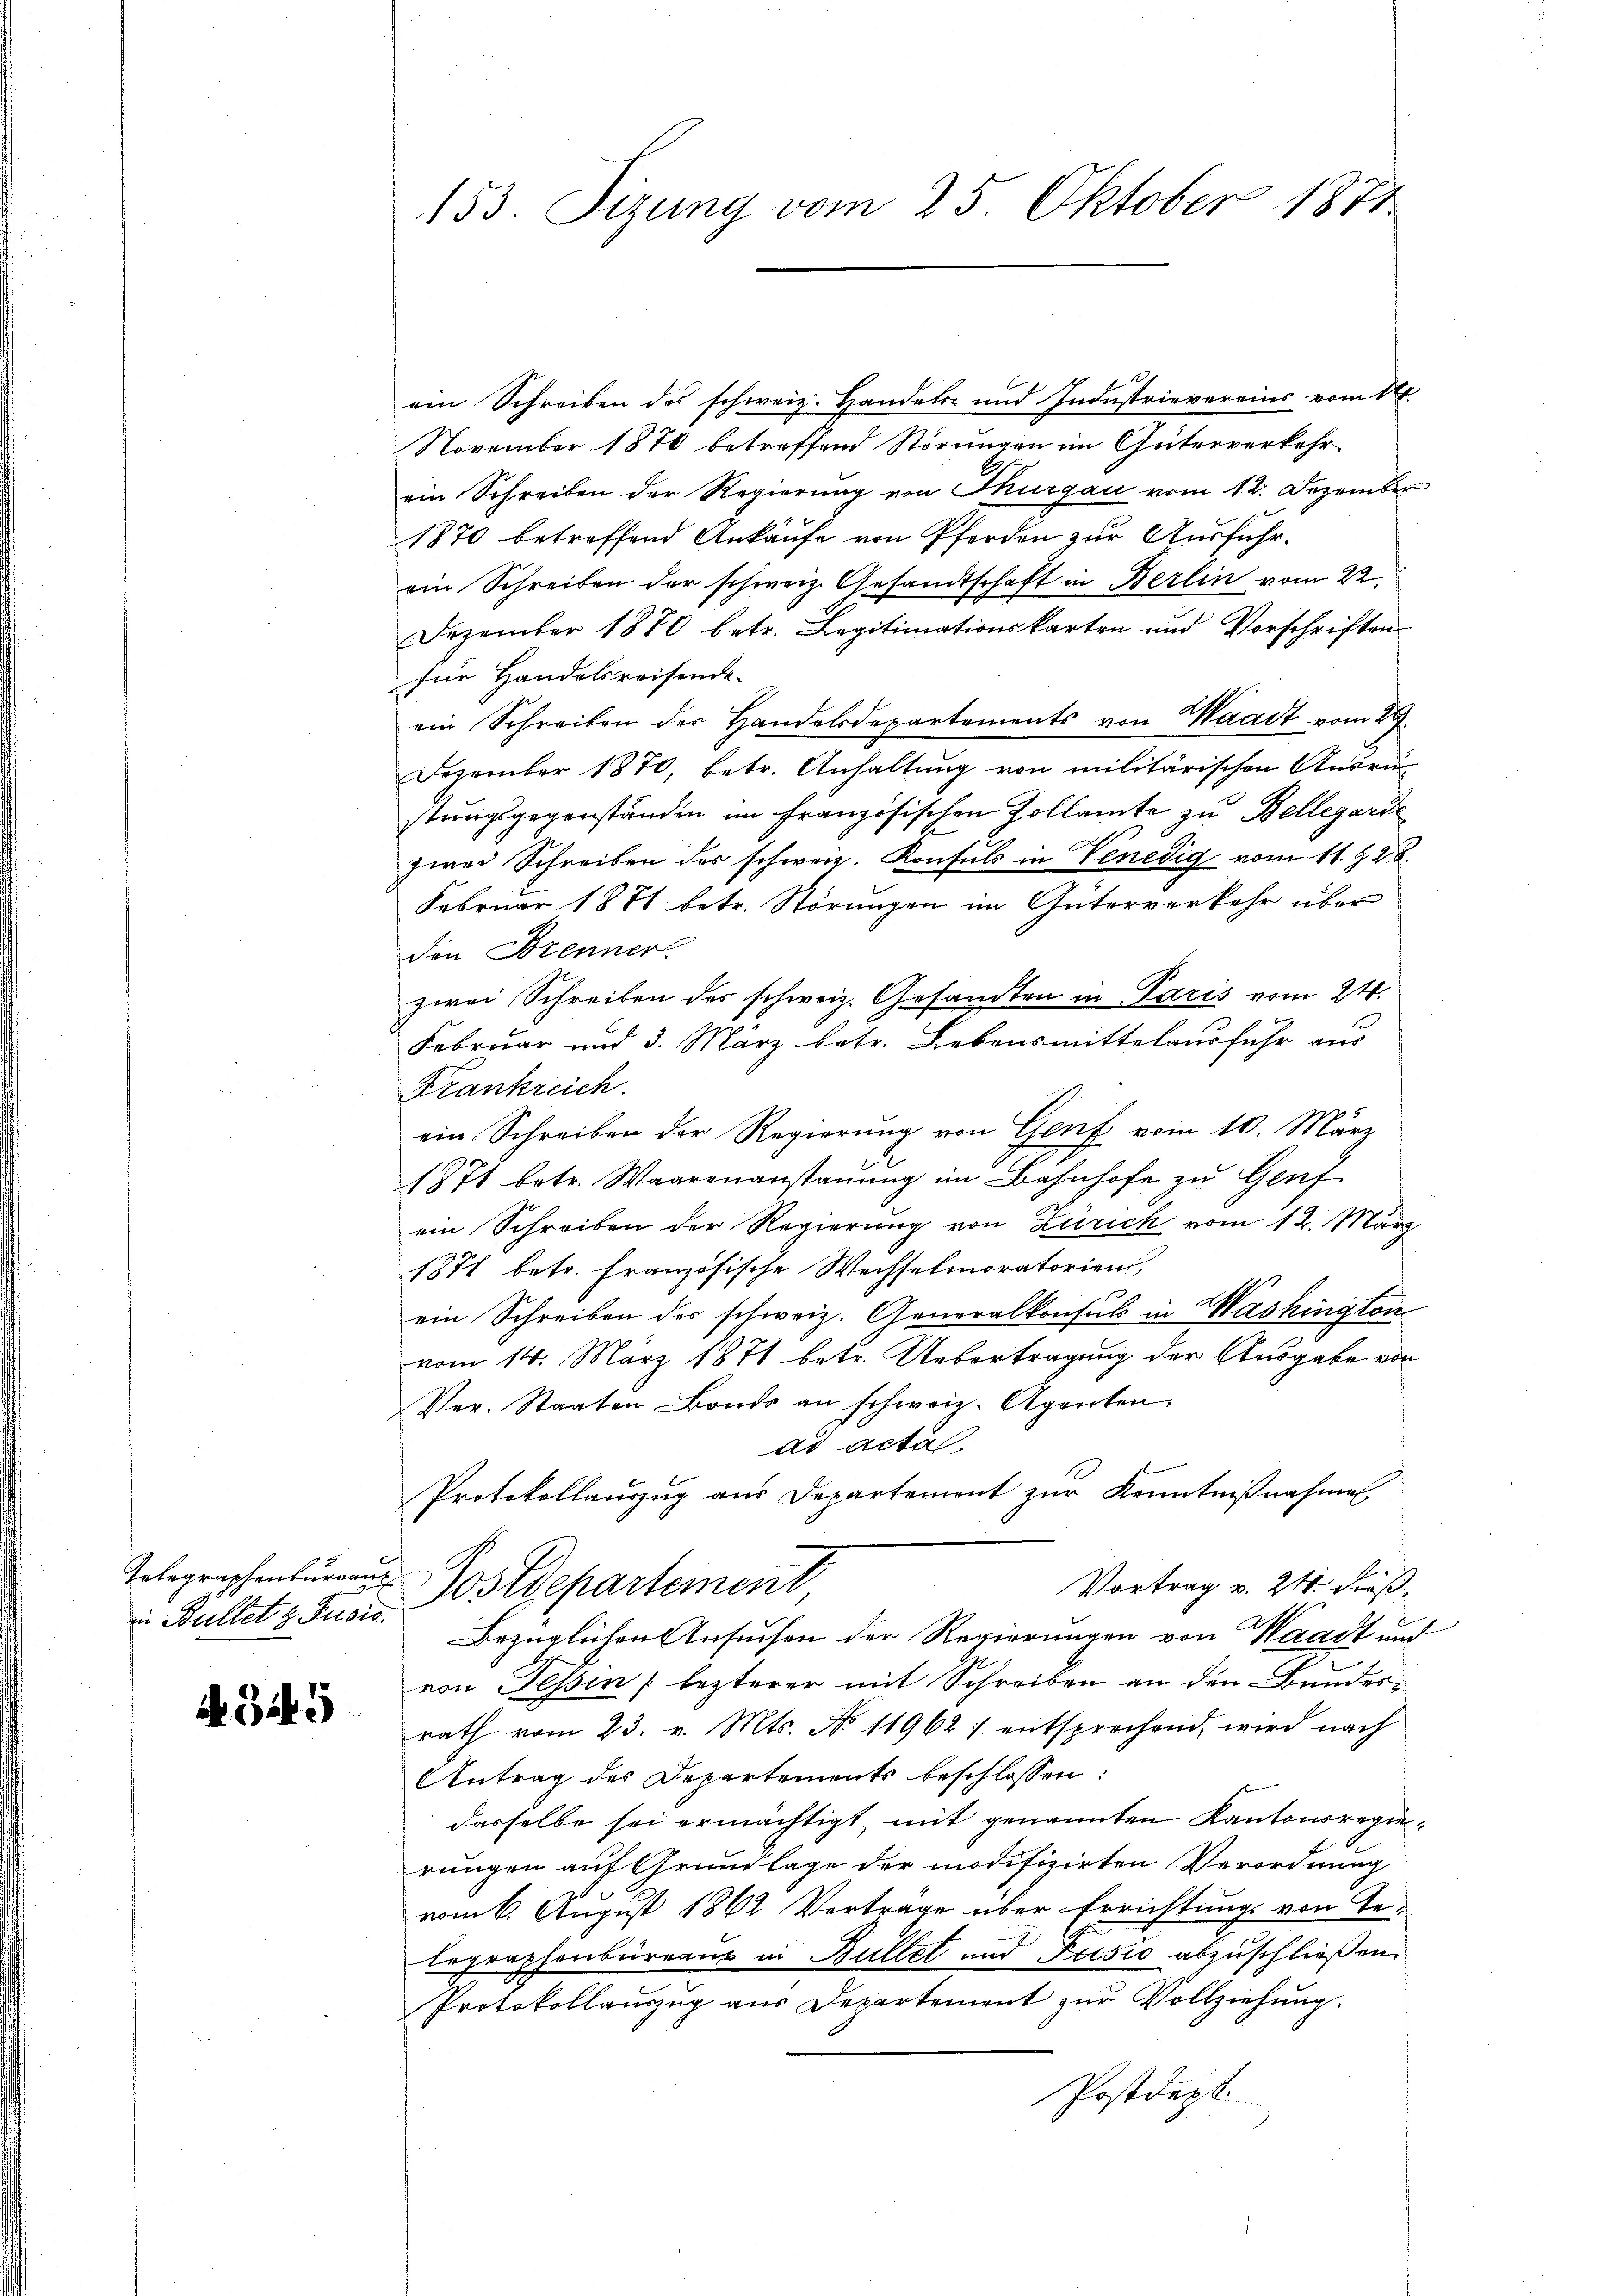
in Bultet & Pusis.

Bi5

ain Schreiben des schweiz. Handels- und Industrievereins vom 14.
November 1870 betreffend Störungen im Güterverkehr
ein Schreiben der Regierung von Thurgau vom 12. Dezember
1870 betreffend Ankäufe von Pferden zur Ausfuhr.
ein Schreiben der schweiz. Gesandtschaft in Berlin vom 22.
Dezember 1870 betr. Legitimationskarten und Vorschriften
für Handelsreisende
ein Schreiben der Handelsdepartements von Waadt vom 29.
Dezember 1870, betr. Anhaltung von militärischen Ausru
stungsgegenständen im französischen Zollamte zu Bellegard
zwei Schreiben des schweiz. Konsuls in Venedig vom 11. 828.
Februar 1871 betr. Störungen im Güterverkehr über
den Brenner
zwei Schreiben des schweiz. Gesandten in Paris vom 24.
Februar und 3. März betr. Lebensmittelausfuhr aus
Frankreich
ein Schreiben der Regierung von Genf vom 10. März
1871 betr. Waarenanstauung im Bahnhofe zu Genf
ein Schreiben der Regierung von Zürich vom 12. März
1871 betr. Französische Wechselmoratorient,
ein Schreiben des schweiz. Generalkonsul in Washington
vom 14. März 1871 betr. Uebertragung der Ausgabe von
Ver. Staaten Bonds an schweiz. Agenten
ad acta
Protokollauszug aus Departement zur Kenntnißnahmen
Telegraphenburgen Postdepartement
Vortrag v. 24. dieß.
Bezüglichen Ansuchen der Regierungen von Waadt und
von Tessin lezterer mit Schreiben an den Bundesrath vom 23. v. Mts. No 119627 entsprechend, wird nach
Antrag des Departements beschlossen:
dasselbe sei ermächtigt, mit genannten Kantonsregie-
rungen auf Grundlage der modifizirten Verordnung
vom 6. August 1862 Verträge über Errichtungs von Be-
legraphenbüreau in Bullet und Fusio abzuschließen.
Protokollauszug aus Departement zur Vollziehung.
Postdept.

153. Sizung vom 25. Oktober 1872